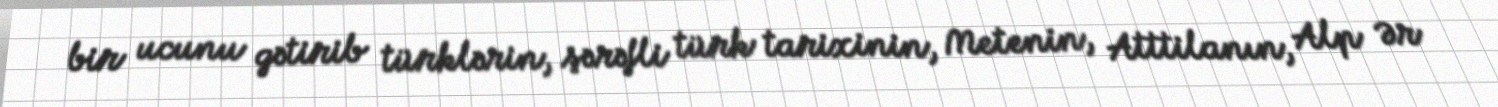
bir ucunu gətirib türklərin, şərəfli türk tarixinin, Metenin, Atttilanın, Alp Ər